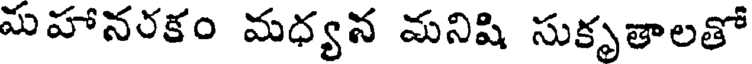
మహానరకం మధ్యన మనిషి సుకృతాలతో